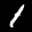
Digit: 1